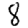
Digit: 8